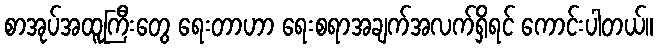
စာအုပ်အထူကြီးတွေ ရေးတာဟာ ရေးစရာအချက်အလက်ရှိရင် ကောင်းပါတယ်။